Civil Veterinary Dept. Assam report 1911-1927 - 1911-1927
Year: 1911
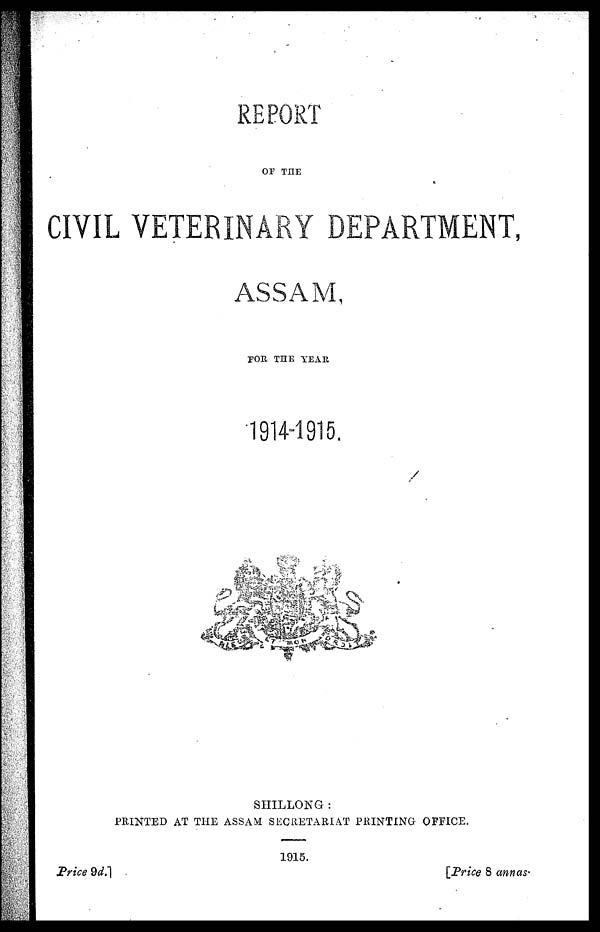
REPORT
OP THE
CIVIL VETERINARY DEPARTMENT,
ASSAM,
FOR THE YEAR
1914-1915.
SHILLONG :
PRINTED AT THE ASSAM SECRETARIAT PRINTING OFFICE.
1915.
Price
9d.
[Price
8 annas.